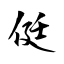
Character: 侹